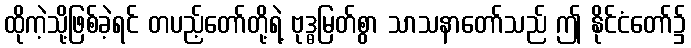
ထိုကဲ့သို့ဖြစ်ခဲ့ရင် တပည့်တော်တို့ရဲ့ ဗုဒ္ဓမြတ်စွာ သာသနာတော်သည် ဤ နိုင်ငံတော်၌